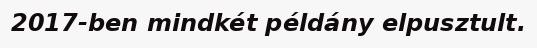
2017-ben mindkét példány elpusztult.